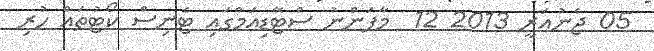
05 ޖެނުއަރީ 2013 12  މާފަންނު ސްޓޭޑިއަމްގައި ޓެނިސް ކޯޓުތައް ހުރި